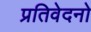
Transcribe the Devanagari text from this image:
प्रतिवेदनो